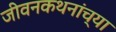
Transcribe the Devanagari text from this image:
जीवनकथनांच्या